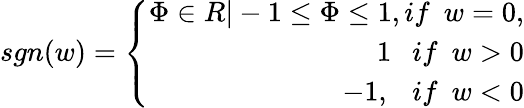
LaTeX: \begin{array}{r}{sgn(w)=\left\{ \begin{array}{r}{\Phi\in R|-1\leq\Phi\leq 1,if\ \ w=0,}\\ {1\ \ \ if\ \ w>0}\\ {-1,\ \ \ if\ \ w<0}\end{array}\right.}\end{array}